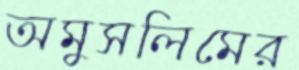
অমুসলিমের